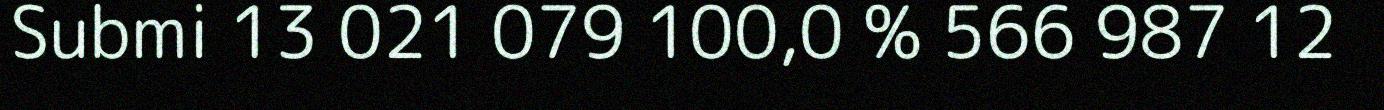
Submi 13 021 079 100,0 % 566 987 12